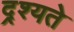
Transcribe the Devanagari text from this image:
द्र्श्यते